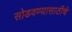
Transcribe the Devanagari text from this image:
सोडवण्यासाठीचे